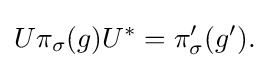
\displaystyle {U\pi _{\sigma }(g)U^{*}=\pi _{\sigma }^{\prime }(g^{\prime }).}